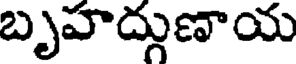
బృహద్గుణాయ